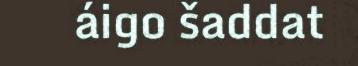
áigo šaddat